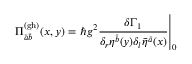
\Pi _ { \bar { a } \bar { b } } ^ { ( \mathrm { g h ) } } ( x , y ) = \left. \hbar g ^ { 2 } \frac { \delta \Gamma _ { 1 } } { \delta _ { r } \eta ^ { \bar { b } } ( y ) \delta _ { l } \bar { \eta } ^ { \bar { a } } ( x ) } \right| _ { 0 }